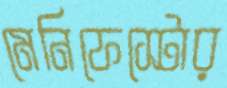
মেনিফেস্টোর